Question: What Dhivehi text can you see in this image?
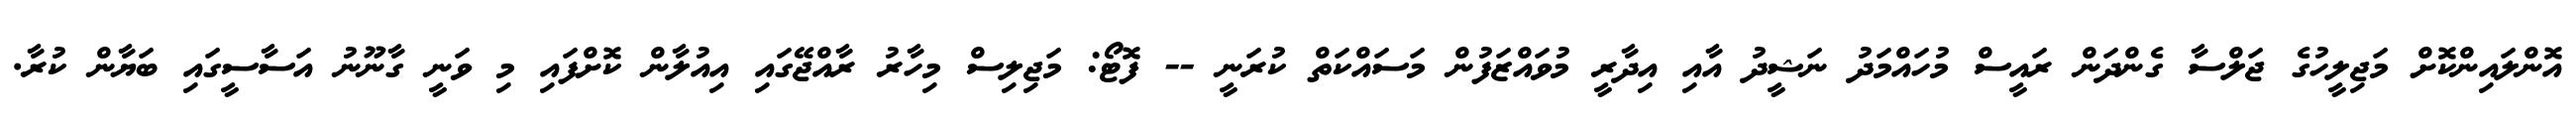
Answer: އޮންލައިންކޮށް މަޖިލީހުގެ ޖަލްސާ ގެންދަން ރައީސް މުހައްމަދު ނަޝީދު އާއި އިދާރީ މުވައްޒަފުން މަސައްކަތް ކުރަނީ -- ފޮޓޯ: މަޖިލިސް މިހާރު ރާއްޖޭގައި އިއުލާން ކޮށްފައި މި ވަނީ ގާނޫނު އަސާސީގައި ބަޔާން ކުރާ.